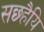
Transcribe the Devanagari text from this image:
सछ्हैयि